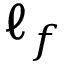
\ell _ { f }